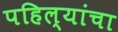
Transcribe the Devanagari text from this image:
पहिल्यांचा